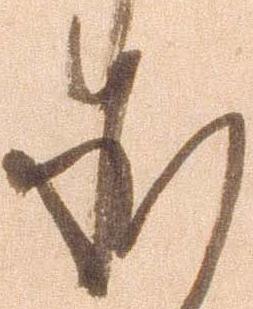
承